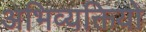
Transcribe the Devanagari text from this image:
अभिव्यक्तियो